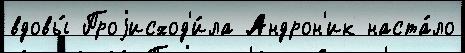
вдовы́ Проjисход'и́ла Андрон'ик наста́ло